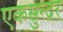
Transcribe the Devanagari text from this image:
एकसुन्दर